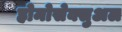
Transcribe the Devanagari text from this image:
होमोसेक्सुअल